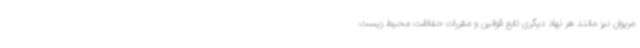
مریوان نیز مانند هر نهاد دیگری تابع قوانین و مقررات حفاظت محیط زیست